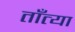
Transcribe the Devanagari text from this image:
ताँत्या